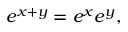
e ^ { x + y } = e ^ { x } e ^ { y } ,